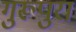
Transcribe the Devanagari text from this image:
गुरूपुरा